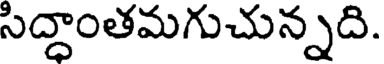
సిద్ధాంతమగుచున్నది.